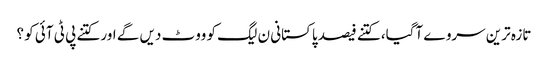
تازہ ترین سروے آگیا، کتنے فیصد پاکستانی ن لیگ کو ووٹ دیں گے اور کتنے پی ٹی آئی کو ؟